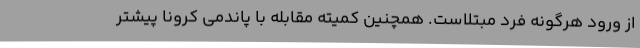
از ورود هرگونه فرد مبتلاست. همچنین کمیته مقابله با پاندمی کرونا پیشتر